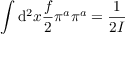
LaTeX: \int \mathrm { d } ^ { 2 } x \frac { f } { 2 } \pi ^ { a } \pi ^ { a } = \frac { 1 } { 2 { \cal I } }